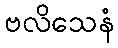
ဗလိသေနံ